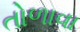
તોળાવા